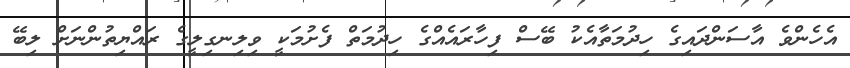
އެހެންވެ އާސަންދައިގެ ހިދުމަތާއެކު ބޭސް ފިހާރައެއްގެ ހިދުމަތް ފެށުމަކީ ވިލިނގިލީގެ ރައްޔިތުންނަށް ލިބޭ